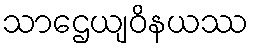
သာဌေယျဝိနယဿ